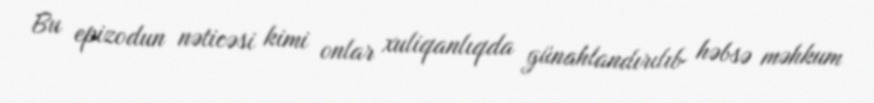
Bu epizodun nəticəsi kimi onlar xuliqanlıqda günahlandırılıb həbsə məhkum